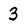
Character: 3